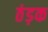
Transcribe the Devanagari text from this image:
ठंड़क